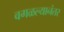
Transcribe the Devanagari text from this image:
वगळल्यानंतर